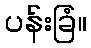
ပန်းခြံ။